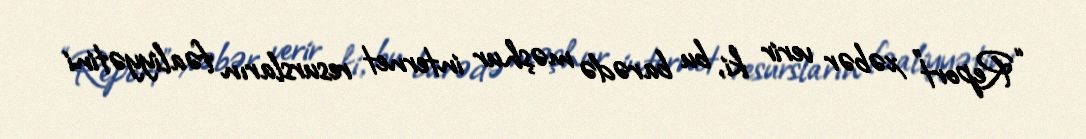
“Report” xəbər verir ki, bu barədə məşhur internet resursların fəaliyyətini